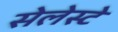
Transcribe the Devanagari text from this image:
सेलेस्टे